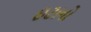
ઇટાનો